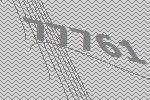
77761